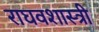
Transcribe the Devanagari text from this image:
राघवशास्त्री